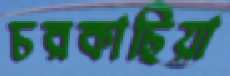
চরকাছিয়া